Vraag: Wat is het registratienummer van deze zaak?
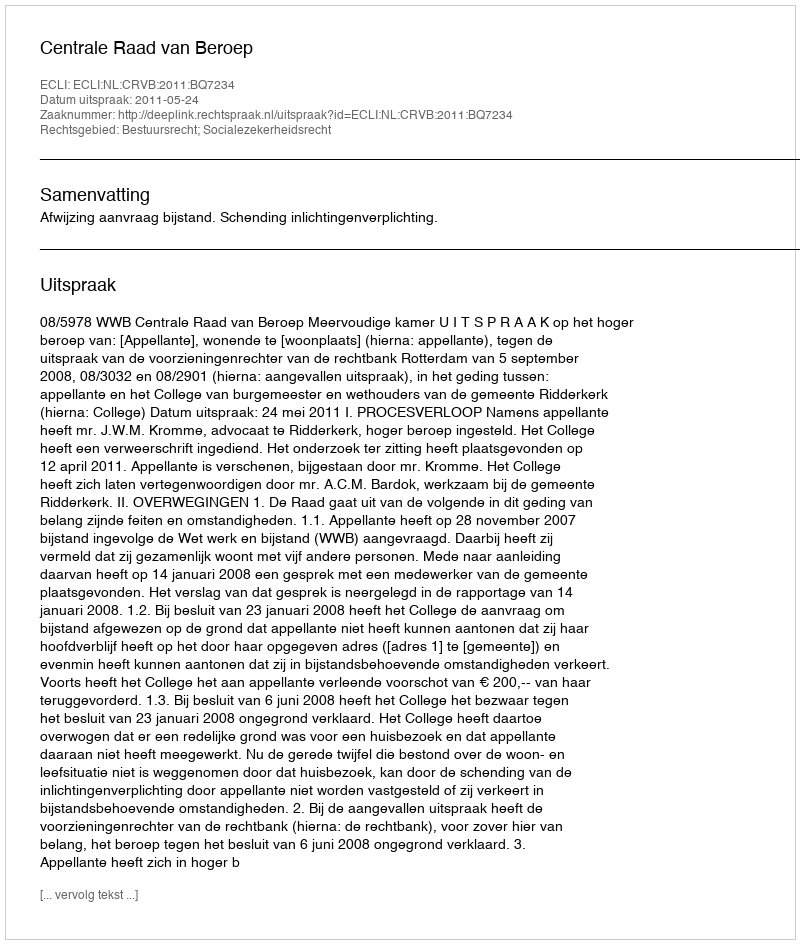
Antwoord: http://deeplink.rechtspraak.nl/uitspraak?id=ECLI:NL:CRVB:2011:BQ7234